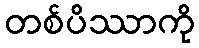
တစ်ပိဿာကို